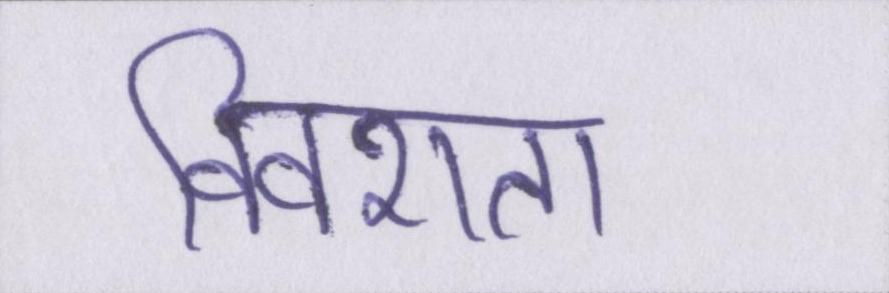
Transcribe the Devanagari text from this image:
विवशता